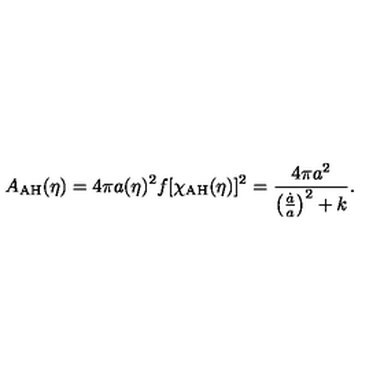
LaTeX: A _ { \mathrm { A H } } ( \eta ) = 4 \pi a ( \eta ) ^ { 2 } f [ \chi _ { \mathrm { A H } } ( \eta ) ] ^ { 2 } = { \frac { 4 \pi a ^ { 2 } } { \left( { \frac { \dot { a } } { a } } \right) ^ { 2 } + k } } .